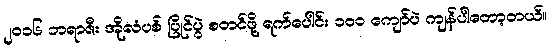
၂၀၁၆ ဘရာဇီး အိုလံပစ် ပြိုင်ပွဲ စတင်ဖို့ ရက်ပေါင်း ၁၀၀ ကျော်ပဲ ကျန်ပါတော့တယ်။